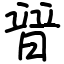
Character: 暜